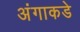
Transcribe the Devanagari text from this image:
अंगाकडे